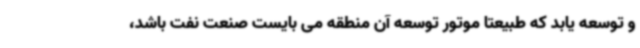
و توسعه یابد که طبیعتا موتور توسعه آن منطقه می بایست صنعت نفت باشد،